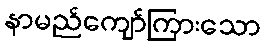
နာမည်ကျော်ကြားသော